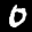
Label: 0